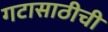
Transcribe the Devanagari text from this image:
गटासाठीची